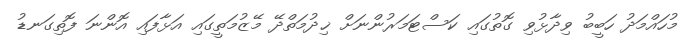
މުހައްމަދު ހަބީބު ވިދާޅުވި ގޮތުގައި ކަސްޓަމަރުންނަށް ޚިދުމަތްދޭ މޭޒުމަތީގައި އަޅާފައި އޮންނަ ފޮތިގަނޑު